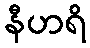
နီဟရိ